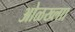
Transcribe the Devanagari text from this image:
ओळख्लाा